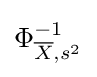
\Phi _{{\overline {X}},s^{2}}^{-1}